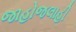
જાહોજલાહી